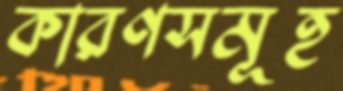
কারণসমূহ